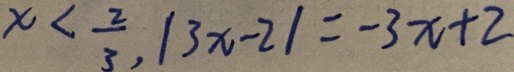
x < \frac { 2 } { 3 } , \vert 3 x - 2 \vert = - 3 x + 2